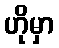
ဟိုမှာ